Malaria in India - Number 2
Disease focus: Malaria
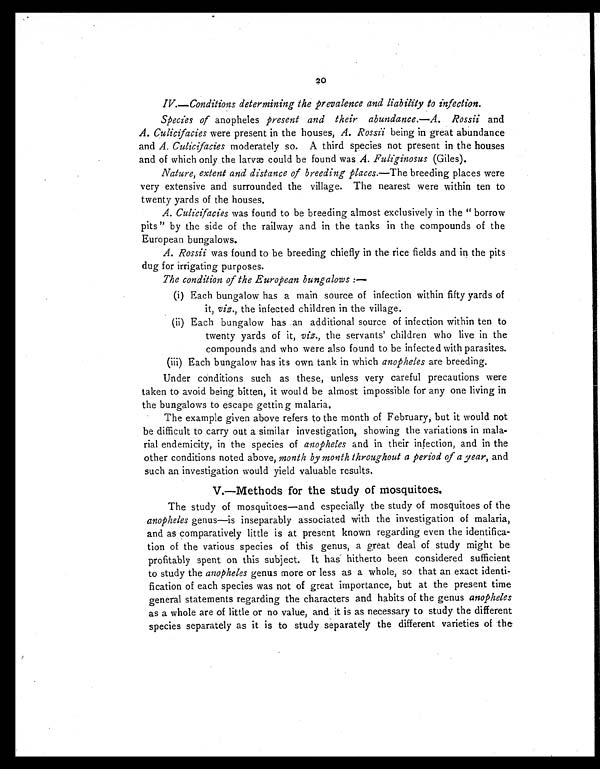
20
IV.—Conditions determining the prevalence and liability to infection.
Species of anopheles present and their abundance.—A. Rossii and
A. Culicifacies were present in the houses, A. Rossii being in great abundance
and A. Culicifacies moderately so. A third species not present in the houses
and of which only the larvæ could be found was A. Fuliginosus (Giles).
Nature, extent and distance of breeding places.— The breeding places were
very extensive and surrounded the village. The nearest were within ten to
twenty yards of the houses.
A. Culicifacies was found to be breeding almost exclusively in the "borrow
pits " by the side of the railway and in the tanks in the compounds of the
European bungalows.
A. Rossii was found to be breeding chiefly in the rice fields and in the pits
dug for irrigating purposes.
The condition of the European bungalows :—
(i) Each bungalow has a main source of infection within fifty yards of
it, viz., the infected children in the village.
(ii) Each bungalow has an additional source of infection within ten to
twenty yards of it, viz., the servants' children who live in the
compounds and who were also found to be infected with parasites.
(iii) Each bungalow has its own tank in which anopheles are breeding.
Under conditions such as these, unless very careful precautions were
taken to avoid being bitten, it would be almost impossible for any one living in
the bungalows to escape getting malaria.
The example given above refers to the month of February, but it would not
be difficult to carry out a similar investigation, showing the variations in mala--
rial endemicity, in the species of anopheles and in their infection, and in the
other conditions noted above, month by month throughout a period of a year, and
such an investigation would yield valuable results.
V.—Methods for the study of mosquitoes.
The study of mosquitoes—and especially the study of mosquitoes of the
anopheles genus—is inseparably associated with the investigation of malaria,
and as comparatively little is at present known regarding even the identifica-
tion of the various species of this genus, a great deal of study might be
profitably spent on this subject. It has hitherto been considered sufficient
to study the anopheles genus more or less as a whole, so that an exact identi-
fication of each species was not of great importance, but at the present time
general statements regarding the characters and habits of the genus anopheles
as a whole are of little or no value, and it is as necessary to study the different
species separately as it is to study separately the different varieties of the